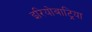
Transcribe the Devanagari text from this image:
इरियोबाट्रिया